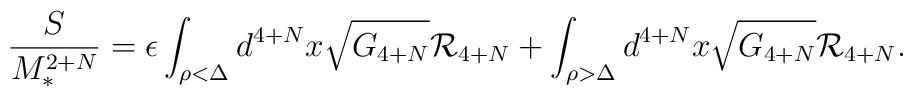
{S\over M_*^{2+N}}= \epsilon \int_{ \rho< \Delta } d^{4+N} x \sqrt{G_{4+N}}   {\cal R}_{4+N}+ \int_{ \rho> \Delta} d^{4+N} x  \sqrt{G_{4+N}} {\cal R}_{4+N}.